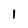
Character: l